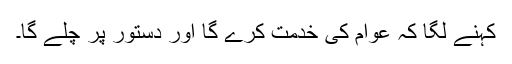
کہنے لگا کہ عوام کی خدمت کرے گا اور دستور پر چلے گا۔